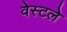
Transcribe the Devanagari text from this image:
वेस्टले